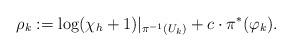
LaTeX: \begin{align*}\rho_k := \log(\chi_h + 1)|_{\pi^{-1}(U_k)} + c\cdot\pi^*(\varphi_k).\end{align*}